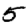
Digit: 5